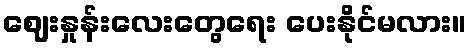
ဈေးနှုန်းလေးတွေရေး ပေးနိုင်မလား။